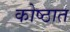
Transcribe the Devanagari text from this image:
कोष्ठात